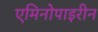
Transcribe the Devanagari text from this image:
एमिनोपाइरीन